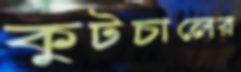
কুটচালের